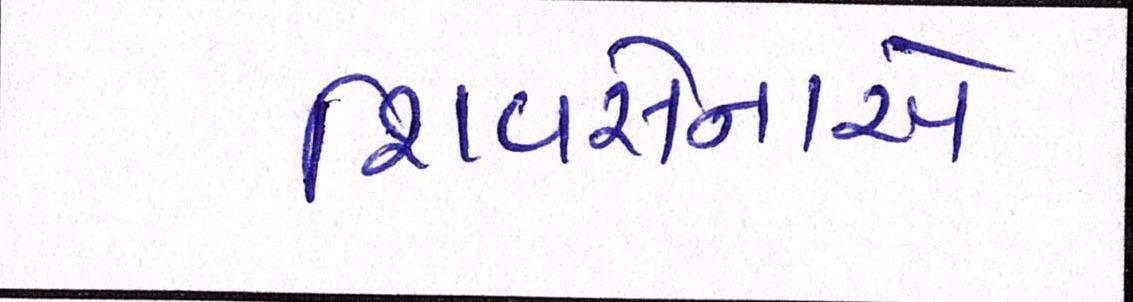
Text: શિવસેનાએ